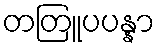
တတြူပပန္နာ